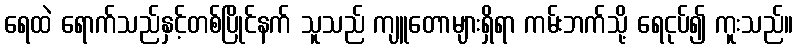
ရေထဲ ရောက်သည်နှင့်တစ်ပြိုင်နက် သူသည် ကျူတောများရှိရာ ကမ်းဘက်သို့ ရေငုပ်၍ ကူးသည်။